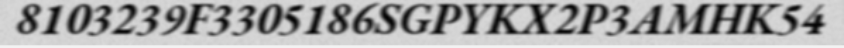
8103239F3305186SGPYKX2P3AMHK54